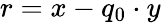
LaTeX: r=x-q_{0}\cdot y